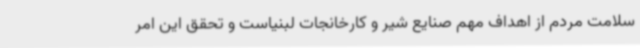
سلامت مردم از اهداف مهم صنایع شیر و کارخانجات لبنیاست و تحقق این امر